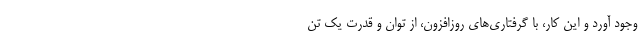
وجود آورد و این کار، با گرفتاری‌های روزافزون، از توان و قدرت یک تَن